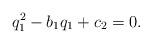
LaTeX: \begin{align*} q_1^2-b_1q_1+c_2=0. \end{align*}